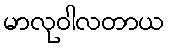
မာလုဝါလတာယ